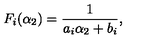
F _ { i } ( \alpha _ { 2 } ) = \frac { 1 } { a _ { i } \alpha _ { 2 } + b _ { i } } ,